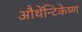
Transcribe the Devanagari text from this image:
औथेंन्टिकेष्ण